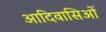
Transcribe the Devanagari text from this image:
आदिवासिओं